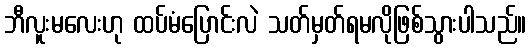
ဘီလူးမလေးဟု ထပ်မံပြောင်းလဲ သတ်မှတ်ရမလိုဖြစ်သွားပါသည်။